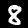
Label: 8